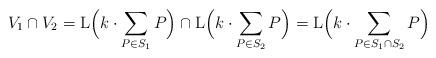
LaTeX: \begin{align*}V_1 \cap V_2 = \mathrm{L}\Big(k\cdot \sum_{P\in S_1} P\Big) \cap \mathrm{L}\Big(k\cdot \sum_{P\in S_2} P\Big)=\mathrm{L}\Big(k\cdot \sum_{P\in S_1\cap S_2} P\Big)\end{align*}